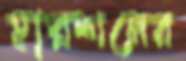
হারশনের